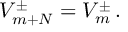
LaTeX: V _ { m + N } ^ { \pm } = V _ { m } ^ { \pm } \, .